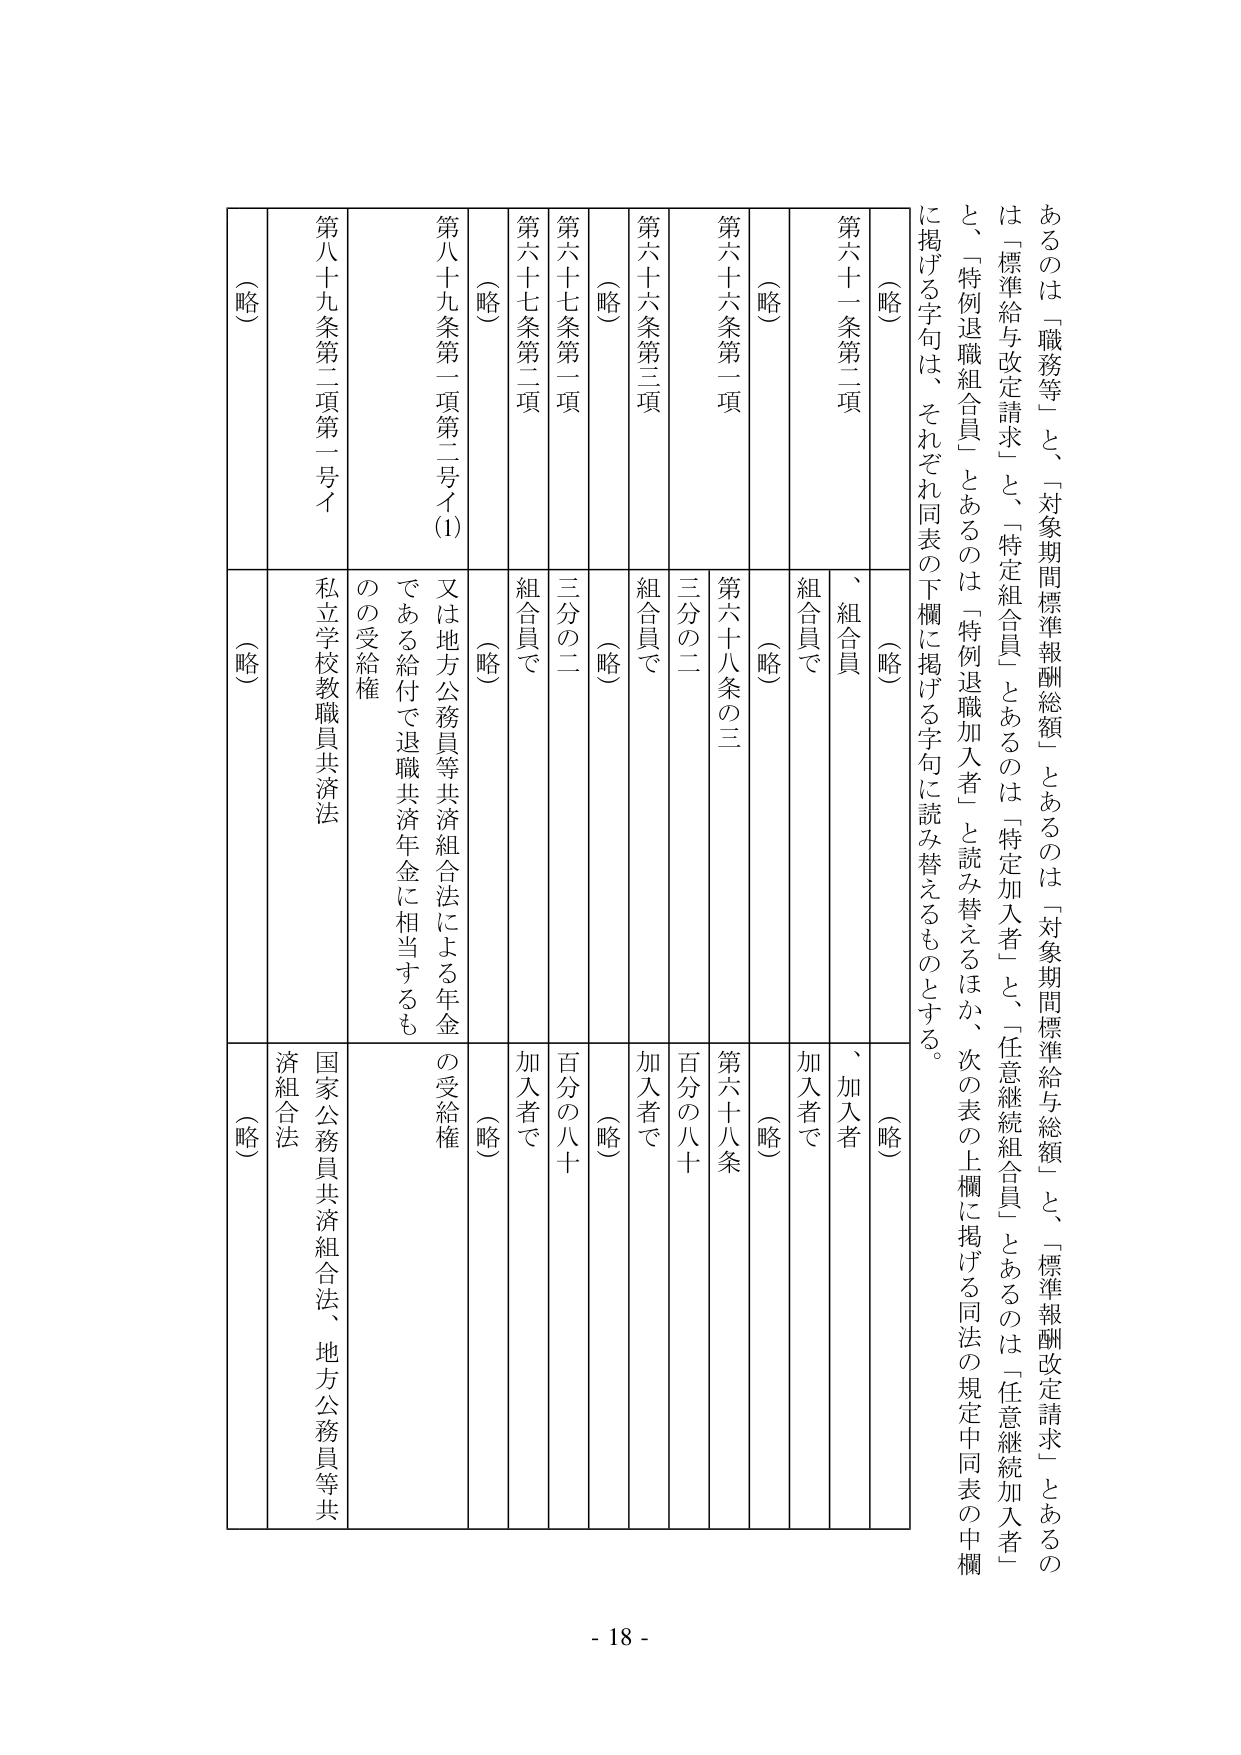
あるのは「職務等」と、「対象期間標準報酬総額」とあるのは「対象期間標準給与総額」と、「標準報酬改定請求」とあるのは「標準給与改定請求」と、「特定組合員」とあるのは「特定加入者」と、「任意継続組合員」とあるのは「任意継続加入者」と、「特例退職組合員」とあるのは「特例退職加入者」と読み替えるほか、次の表の上欄に掲げる同法の規定中同表の中欄に掲げる字句は、それぞれ同表の下欄に掲げる字句に読み替えるものとする。

（略）
第六十一条第二項
（略）
第六十六条第一項
（略）
第六十六条第三項
（略）
第六十七条第二項
（略）
第六十七条第二項
（略）
第八十九条第一項第二号イ
（略）
第八十九条第一項第二号イ(1)
（略）

（略）
、組合員
組合員で
（略）
第六十八条の三
三分の二
組合員で
（略）
三分の二
組合員で
（略）
又は地方公務員等共済組合法による年金である給付で退職共済年金に相当するものの受給権
（略）
私立学校教職員共済法
（略）

（略）
、加入者
加入者で
（略）
第六十八条
百分の八十
加入者で
（略）
百分の八十
加入者で
（略）
の受給権
（略）
国家公務員共済組合法、地方公務員等共済組合法
（略）

- 18 -